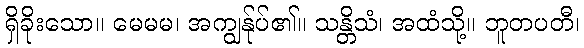
ရှိခိုးသော။ မေမမ၊ အကျွန်ုပ်၏။ သန္တိသံ၊ အထံသို့။ ဘူတပတီ၊